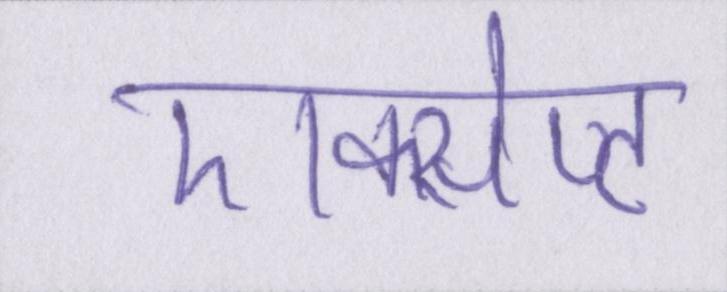
एक्सेप्ट